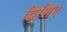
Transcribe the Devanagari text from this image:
द्विशिर